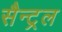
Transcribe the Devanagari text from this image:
सैन्ट्रल